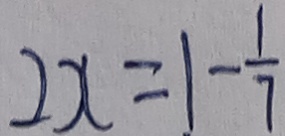
2 x = 1 - \frac { 1 } { 7 }